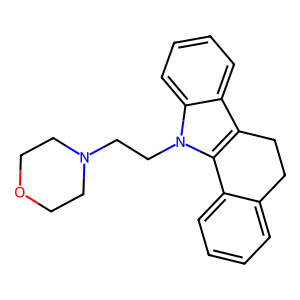
SMILES: c1ccc2c(c1)CCc1c-2n(CCN2CCOCC2)c2ccccc12
Inhibits HIV replication: No